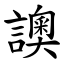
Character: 䜒